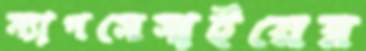
ম্যাগসেসাইয়ের